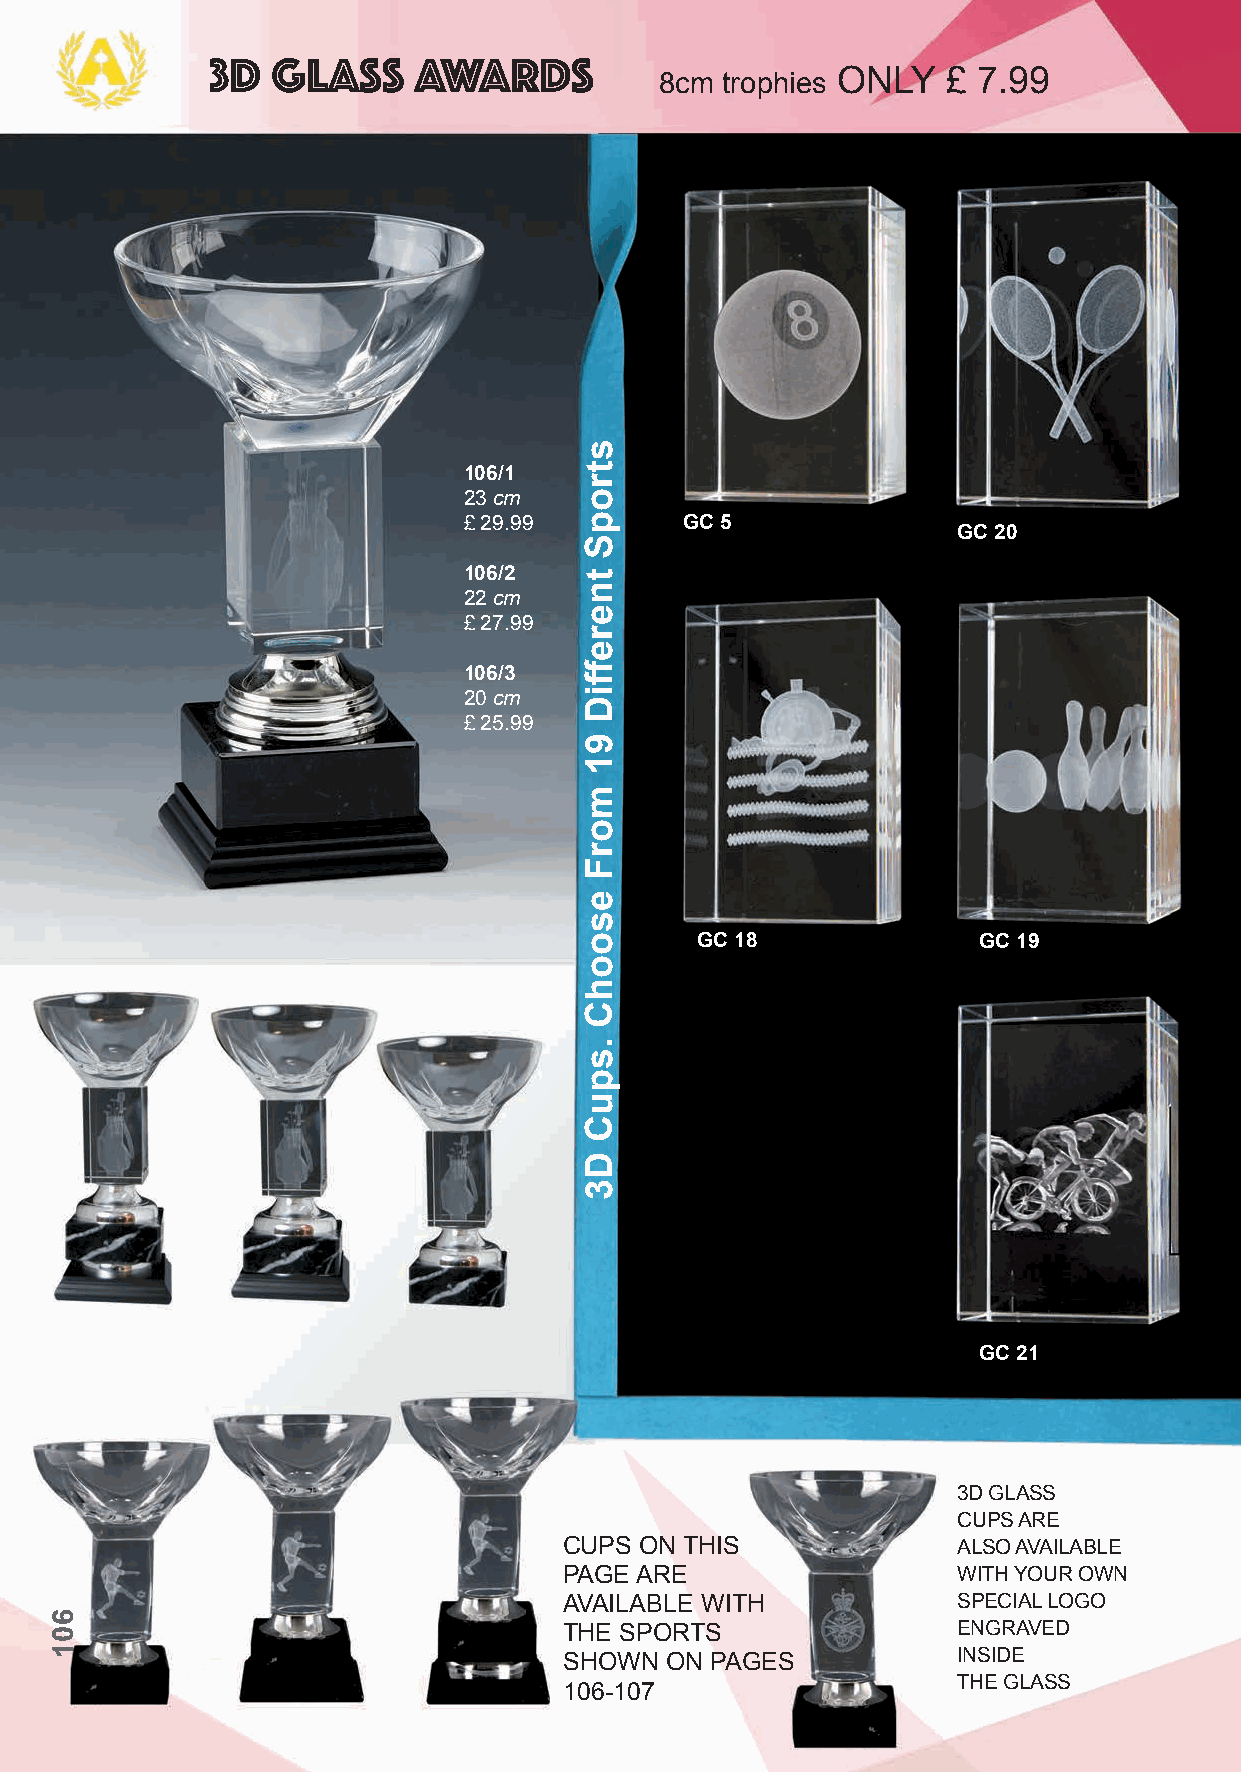
3D  Glass    Awards
 8cm trophies ONLY  £ 7.99
 106/1
 23 cm
 £ 29.99       GC 5
 GC 20
 106/2
 22 cm
 £ 27.99
 106/3
 20 cm
 £ 25.99
 GC 18              GC 19
 GC 21
 3D GLASS
 CUPS ARE
 CUPS ON THIS              ALSO AVAILABLE
 PAGE ARE                  WITH YOUR OWN
 AVAILABLE WITH            SPECIAL LOGO
 THE SPORTS                ENGRAVED
 SHOWN  ON PAGES           INSIDE
 THE GLASS
 106-107
 601
 stropS
 tnereffiD
 91
 morF
 esoohC
 .spuC
 D3